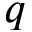
q